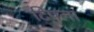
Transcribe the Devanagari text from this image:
टिपला